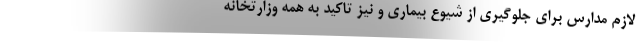
لازم مدارس برای جلوگیری از شیوع بیماری و نیز تاکید به همه وزارتخانه